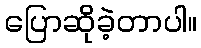
ပြောဆိုခဲ့တာပါ။